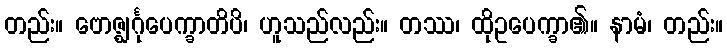
တည်း။ ဗောဇ္ဈင်္ဂုပေက္ခာတိပိ၊ ဟူသည်လည်း။ တဿ၊ ထိုဥပေက္ခာ၏။ နာမံ၊ တည်း။